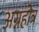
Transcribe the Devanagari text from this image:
अग्नहोत्र